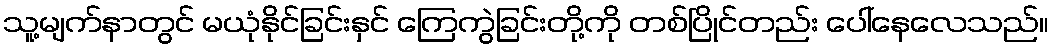
သူ့မျက်နာတွင် မယုံနိုင်ခြင်းနှင် ကြေကွဲခြင်းတို့ကို တစ်ပြိုင်တည်း ပေါ်နေလေသည်။